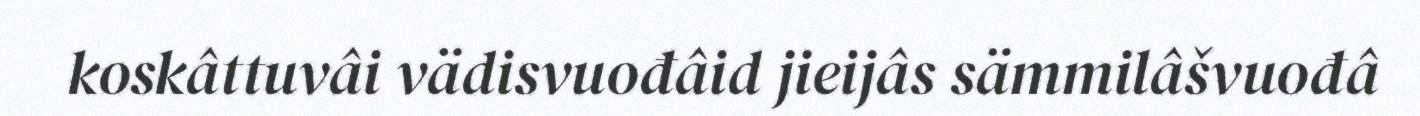
koskâttuvâi vädisvuođâid jieijâs sämmilâšvuođâ